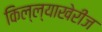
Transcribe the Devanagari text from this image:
किल्ल्याखेरीज